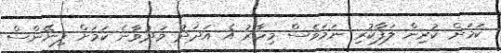
ކަމަށް ކުރިން ލަފާކުރި ނަމަވެސް މިހާރު އެ އަދަދު މަދުވާނެ ކަމަށް ފިނޭންސް